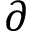
\partial